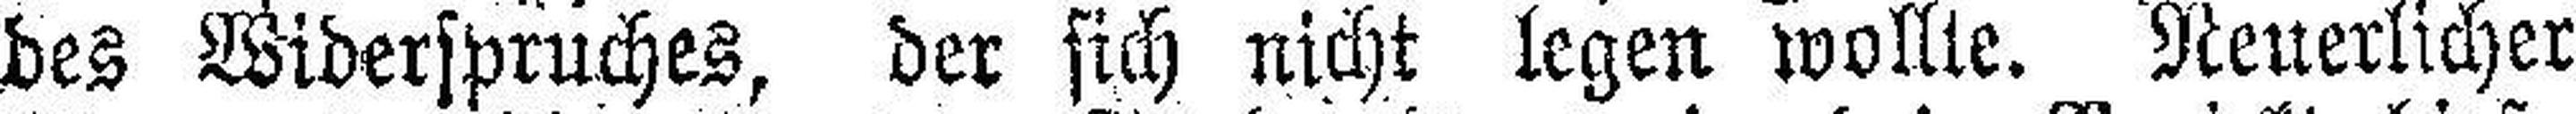
des Widerspruches, der sich nicht legen wollte. Neuerlicher